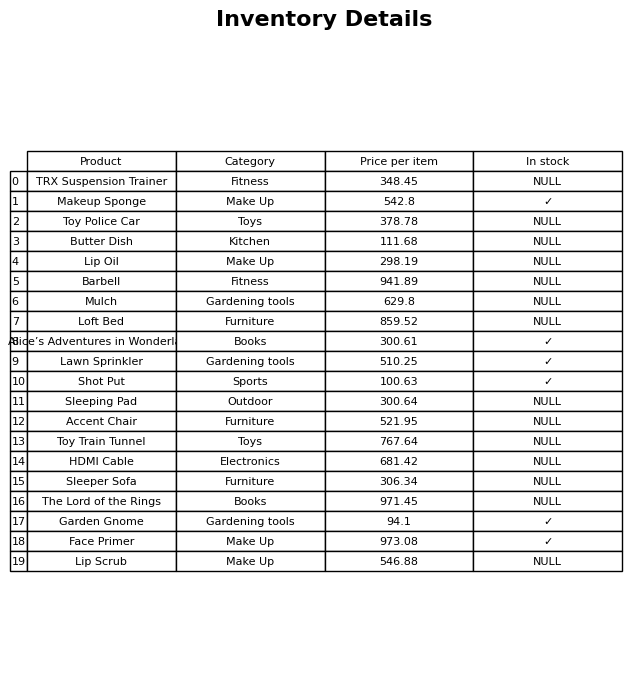
question: What is the price of the Alice’s Adventures in Wonderland?
answer: The price of Alice’s Adventures in Wonderland is 300.61.